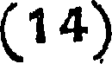
(14)